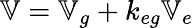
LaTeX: \mathbb{V}=\mathbb{V}_{g}+k_{eg}\mathbb{V}_{e}